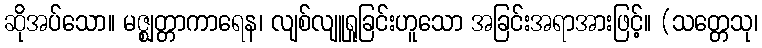
ဆိုအပ်သော။ မဇ္ဈတ္တာကာရေန၊ လျစ်လျူရှုခြင်းဟူသော အခြင်းအရာအားဖြင့်။ (သတ္တေသု၊